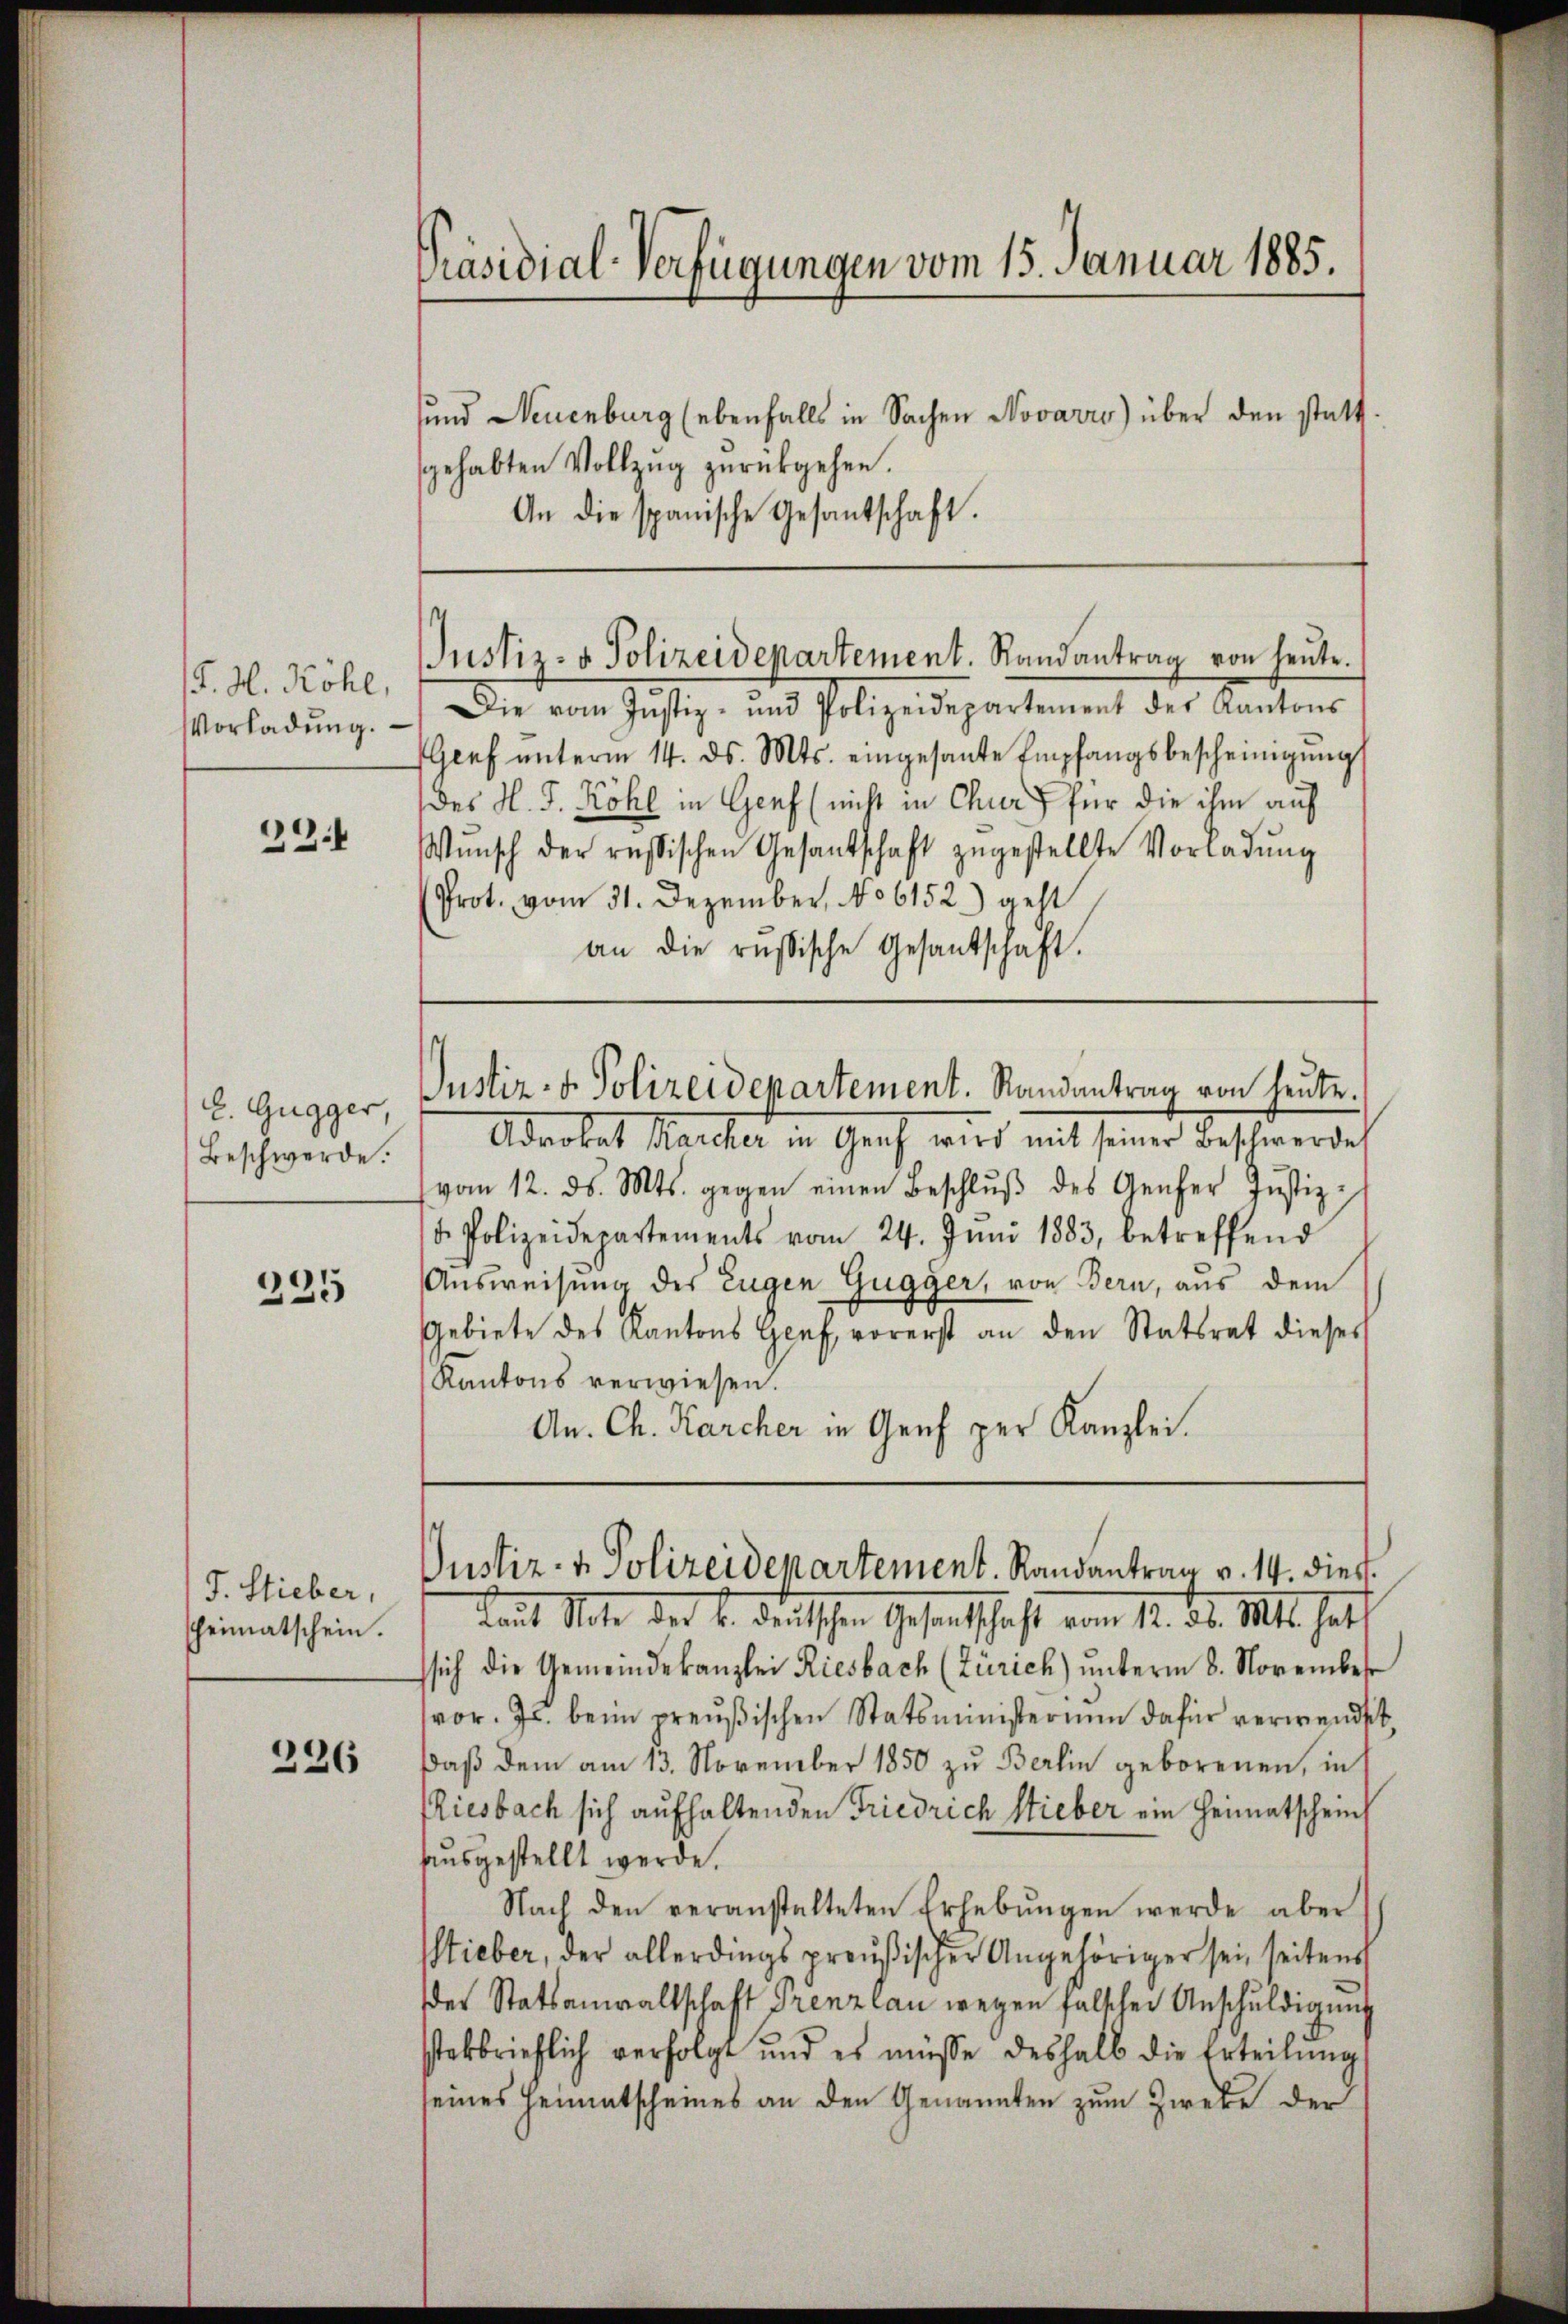
1J. H. Röhl,
Vorladung.

29:

J. Gugger
Beschwerde.

225

J. Stieber,
heimatschein.

226

Präsidial-Verfügungen vom 15. Januar 1885.

und Neuenburg (ebenfalls in Sachen Novarro) über den statt.
gehabten Vollzŭg zŭrückgehen.
An die spanische Gesantschaft.

Die vom Justiz- und Polizeidepartement der Kantons
Geef ŭnterm 14. ds. Mts. eingesante Empfangsbescheinigŭng
(des H. G. Köhl in Genf (nicht in Chur für die ihm auf
Wŭnsch der russischen Gesantschaft zŭgestellte Vorladŭng
Prot. vom 31. Dezember, No 6152) geht
an die russische Gesantschaft.

¬
Justiz- & Polizeidepartement. Randantrag von heute.

Adrokat Karcher in Genf wird mit seiner Beschwerde
vom 12. ds. Mts. gegen einen Beschlŭβ des Genfer Justiz-
u. Polizeidepartements vom 24. Juni 1883, betreffend
Ausweisung des Eugen Gugger, von Bern, aus dem
Gebiete des Kantons Genf, vorerst an den Statsrat dieses
Kantons verwiesen.
An. Ch. Karcher in Genf per Kanzlei.

Justiz- & Polizeidepartement. Randantrag von heute.

Justiz- & Polizeidepartement. Randantrag v. 14. dies

Laŭt Note der B. deutschen Gesandtschaft vom 12. ds. Mts. hatt
ssich die Gemeindekanzlei Riesbach (Zürich) unterm 8. November
vor. Js. beim preußischen Statsministerium dafür verwendit
daß dem am 13. November 1850 zu Berlin geborenen, in
Riesbach sich aufhaltenden Friedrich Sieber ein Heimatscheuch
ausgestellt werde.
Nach den veranstalteten Erhebŭngen werde aber
Sieber, der allerdings preußischer Angehöriger sei, seitens
der Statsanwaltschaft Grenzlau wegen falschen Anschuldigung
stekbrieflich verfolgt und es müsse deshalb die Erteilŭng
seines Heimatscheines an den Genannten zum Zweke der